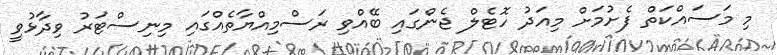
މި މަސައްކަތް ފެށުމަށް މިއަދު ހޮޓެލް ޖެންގައި ބޭއްވި ރަސްމިއްޔާތެއްގައި މިނިސްޓަރު ވިދާޅުވީ